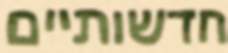
חדשותיים